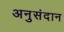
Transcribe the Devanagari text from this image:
अनुसंदान